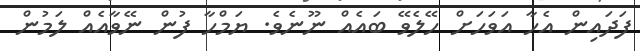
ފަދައިން އެހާ އަވަހަށް ހޭލެވޭ ބައެއް ނޫނެވެ. ޔަމްހާ ފުން ނޭވާއެއް ލަމުން